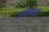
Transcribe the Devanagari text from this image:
सांडवाही